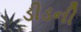
ડીડની